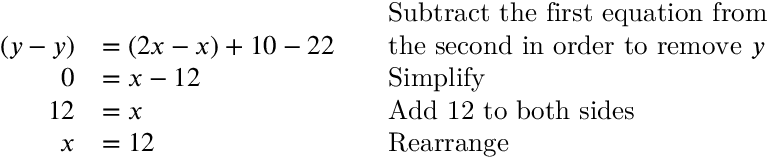
{ \begin{array} { r l r l } & { } & & { { \mathrm { S u b t r a c t ~ t h e ~ f i r s t ~ e q u a t i o n ~ f r o m } } } \\ { ( y - y ) } & { = ( 2 x - x ) + 1 0 - 2 2 } & & { { \mathrm { t h e ~ s e c o n d ~ i n ~ o r d e r ~ t o ~ r e m o v e ~ } } y } \\ { 0 } & { = x - 1 2 } & & { { \mathrm { S i m p l i f y } } } \\ { 1 2 } & { = x } & & { { \mathrm { A d d ~ 1 2 ~ t o ~ b o t h ~ s i d e s } } } \\ { x } & { = 1 2 } & & { { \mathrm { R e a r r a n g e } } } \end{array} }